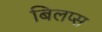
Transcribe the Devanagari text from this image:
बिलप्स